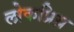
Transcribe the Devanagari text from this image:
लोकप्रिय़